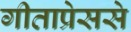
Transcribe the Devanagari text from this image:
गीताप्रेससे